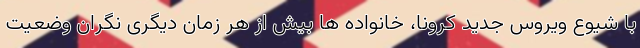
با شیوع ویروس جدید کرونا، خانواده ها بیش از هر زمان دیگری نگران وضعیت